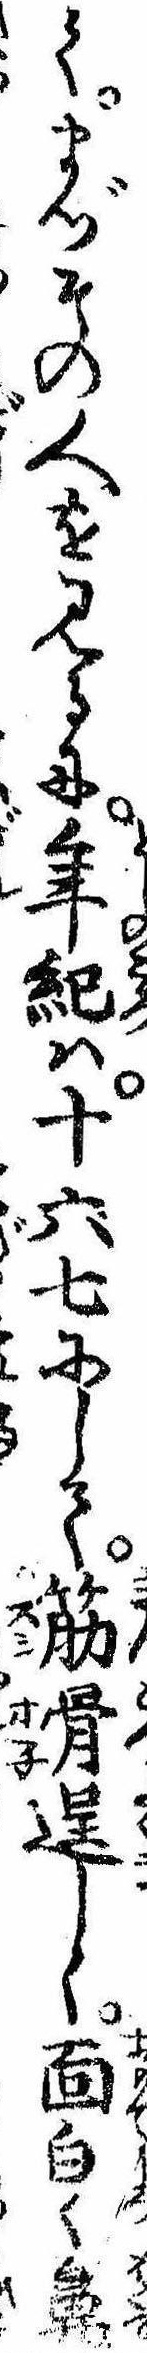
てまづその人を見るに年紀は十六七にして筋骨逞しく面白く鼻